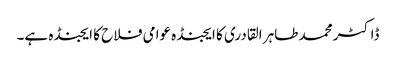
ڈاکٹر محمد طاہر القادری کا ایجنڈہ عوامی فلاح کا ایجنڈہ ہے۔